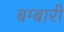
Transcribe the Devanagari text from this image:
बम्बारी